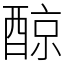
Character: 䣼